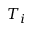
T _ { i }